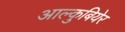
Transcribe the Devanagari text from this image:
आल्कुबियेर